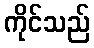
ကိုင်သည်